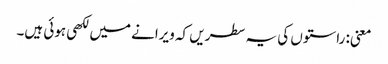
معنی: راستوں کی یہ سطریں کہ ویرانے میں لکھی ہوئی ہیں۔